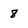
Character: 8